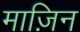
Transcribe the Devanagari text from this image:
माज़िन